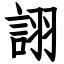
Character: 詡